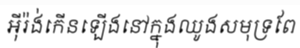
អ៊ីរ៉ង់កើនឡើងនៅក្នុងឈូងសមុទ្រពែ